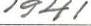
1941